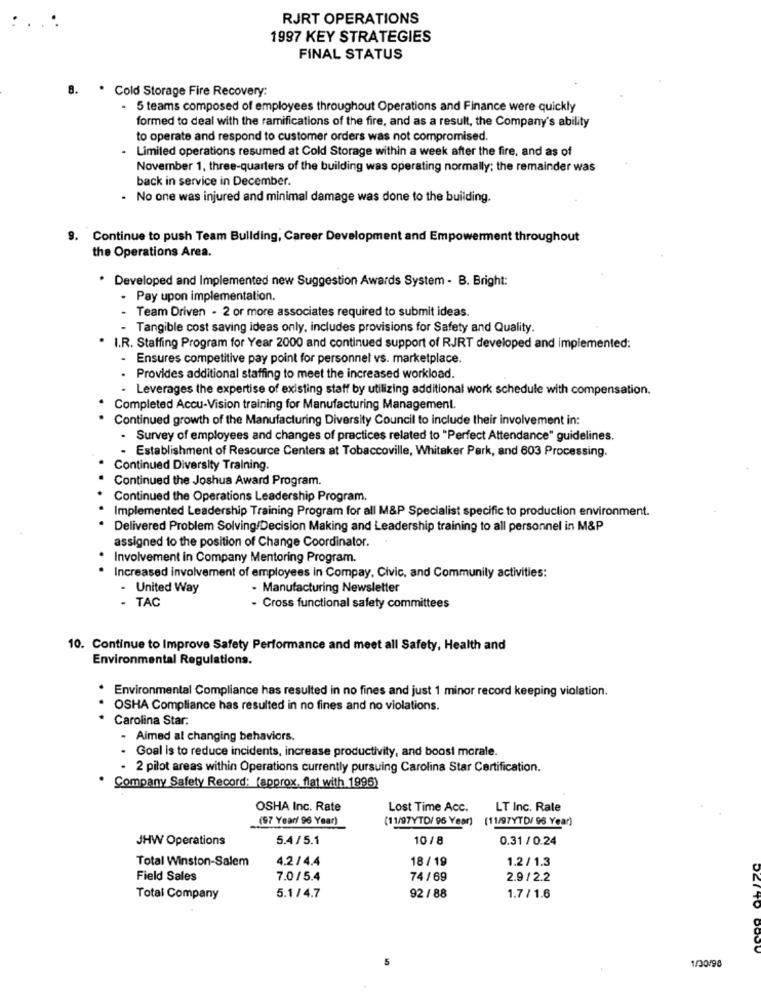
RJRT OPERATIONS
1997 KEY STRATEGIES
FINAL STATUS
8. . Cold Storage Fire Recovery:
5 teams composed of employees throughout Operations and Finance were quickly
formed to deal with the ramifications of the fire, and as a result, the Company's ability
to operate and respond to customer orders was not compromised.
Limited operations resumed at Cold Storage within a week after the fire, and as of
November 1, three-quarters of the building was operating normally; the remainder was
back in service in December.
- No one was injured and minimal damage was done to the building.
9. Continue to push Team Building, Career Development and Empow
throughout
the Operations Area.
* Developed and Implemented new Suggestion Awards System - B. Bright:
. Pay upon implementation.
- Team Driven - 2 or more associates required to submit ideas.
- Tangible cost saving ideas only, includes provisions for Safety and Quality.
I.R. Staffing Program for Year 2000 and continued support of RJRT developed and implemented:
- Ensures competitive pay point for personnel vs. marketplace.
- Provides additional staffing to meet the increased workload.
- Leverages the expertise of existing staff by utilizing additional work schedule with compensation.
Completed Accu-Vision training for Manufacturing Management.
Continued growth of the Manufacturing Diversity Council to include their involvement in:
- Survey of employees and changes of practices related to "Perfect Attendance" guidelines.
- Establishment of Resource Centers at Tobaccoville, Whitaker Park, and 603 Processing.
Continued Diversity Training.
Continued the Joshua Award Program.
Continued the Operations Leadership Program.
Implemented Leadership Training Program for all M&P Specialist specific to production environment.
Delivered Problem Solving/Decision Making and Leadership training to all personnel in M&P
assigned to the position of Change Coordinator.
. Involvement in Company Mentoring Program.
Increased involvement of employees in Compay, Civic, and Communily activities:
- United Way
- Manufacturing Newsletter
- TAC
Cross functional safety committees
10. Continue to Improve Safety Performance and meet all Safety, Health and
Environmental Regulations.
· Environmental Compliance has resulted in no fines and just 1 minor record keeping violation.
OSHA Compliance has resulted in no fines and no violations.
Carolina Star:
- Aimed al changing behaviors.
Goal is to reduce incidents, increase productivity, and boost morale.
2 pilot areas within Operations currently pursuing Carolina Star Certification.
Company Safety Record: (approx, flat with 1995)
OSHA Inc. Rate
Lost Time Acc.
LT Inc. Rale
(97 Year/ 96 Year)
(11/97YTD/ 96 Year) (11/97YTD/ 96 Year)
JHW Operations
5.4/ 5.1
10/ 8
0.31 / 0.24
Total Winston-Salem
4.2/4.4
18/19
1.2 / 1.3
Field Sales
7.0/5.4
74 /69
2.9 / 2.2
Total Company
5.1/4.7
92 / 88
1.7 / 1.6
DETTO
1/30/98